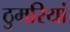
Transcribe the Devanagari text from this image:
ठुमरियां